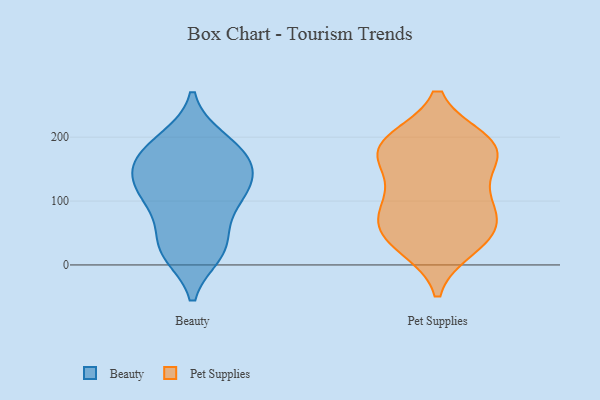
{"axis": {"x": "Inventory Turnover", "y": "Value"}, "legend": ["Beauty", "Pet Supplies"], "data": [{"x": "", "y": 167, "type": "Beauty"}, {"x": "", "y": 117, "type": "Beauty"}, {"x": "", "y": 169, "type": "Beauty"}, {"x": "", "y": 160, "type": "Beauty"}, {"x": "", "y": 118, "type": "Beauty"}, {"x": "", "y": 196, "type": "Beauty"}, {"x": "", "y": 35, "type": "Beauty"}, {"x": "", "y": 133, "type": "Beauty"}, {"x": "", "y": 19, "type": "Beauty"}, {"x": "", "y": 123, "type": "Beauty"}, {"x": "", "y": 90, "type": "Beauty"}, {"x": "", "y": 30, "type": "Beauty"}, {"x": "", "y": 20, "type": "Beauty"}, {"x": "", "y": 161, "type": "Beauty"}, {"x": "", "y": 89, "type": "Beauty"}, {"x": "", "y": 195, "type": "Beauty"}, {"x": "", "y": 171, "type": "Pet Supplies"}, {"x": "", "y": 193, "type": "Pet Supplies"}, {"x": "", "y": 188, "type": "Pet Supplies"}, {"x": "", "y": 187, "type": "Pet Supplies"}, {"x": "", "y": 89, "type": "Pet Supplies"}, {"x": "", "y": 186, "type": "Pet Supplies"}, {"x": "", "y": 118, "type": "Pet Supplies"}, {"x": "", "y": 64, "type": "Pet Supplies"}, {"x": "", "y": 164, "type": "Pet Supplies"}, {"x": "", "y": 102, "type": "Pet Supplies"}, {"x": "", "y": 37, "type": "Pet Supplies"}, {"x": "", "y": 29, "type": "Pet Supplies"}, {"x": "", "y": 67, "type": "Pet Supplies"}, {"x": "", "y": 46, "type": "Pet Supplies"}]}